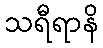
သရီရာနိ